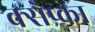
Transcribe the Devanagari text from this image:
क्सेप्का